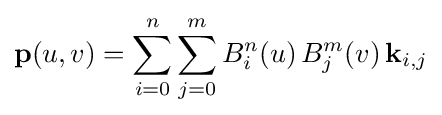
\mathbf {p} (u,v)=\sum _{i=0}^{n}\sum _{j=0}^{m}B_{i}^{n}(u)\,B_{j}^{m}(v)\,\mathbf {k} _{i,j}